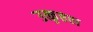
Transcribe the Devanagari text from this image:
उत्कृष्ठता